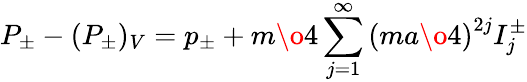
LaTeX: P_{\pm}-(P_{\pm})_{V}=p_{\pm}+{m\o 4}\sum_{j=1}^{\infty}\left({{ma}\o 4}\right)^{2j}I_{j}^{\pm}